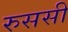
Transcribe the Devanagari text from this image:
रुससी